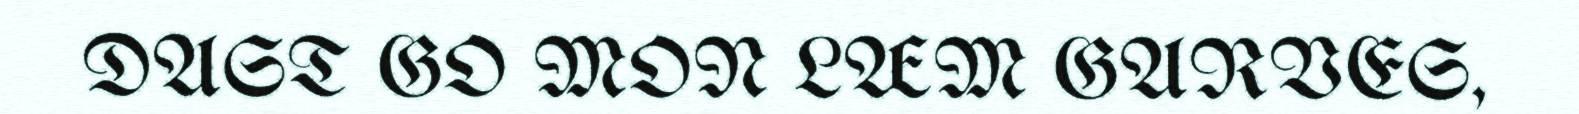
DAST GO MON LÆM GARVES,